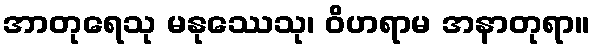
အာတုရေသု မနုဿေသု၊ ဝိဟရာမ အနာတုရာ။